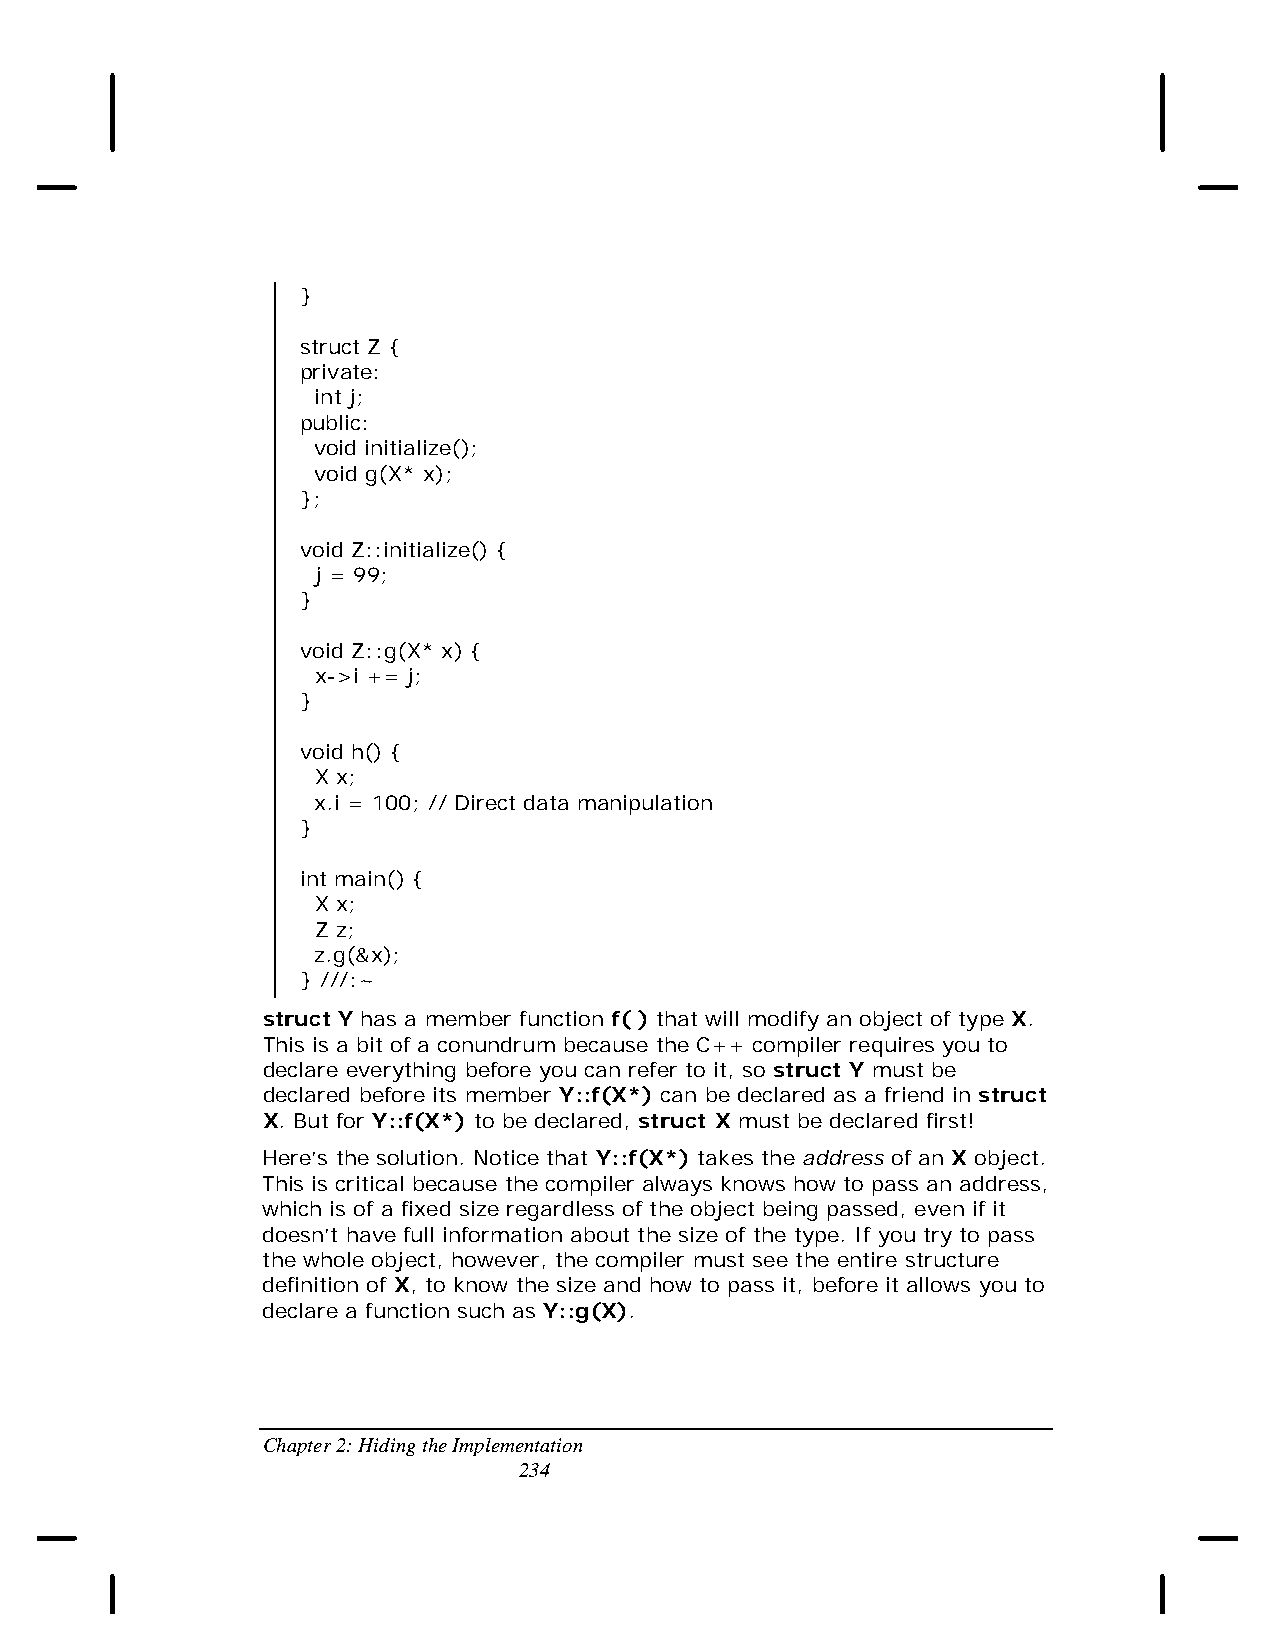
}
 struct Z {
 private:
 int j;
 public:
 void initialize();
 void g(X* x);
 };
 void Z::initialize() {
 j = 99;
 }
 void Z::g(X* x) {
 x->i += j;
 }
 void h() {
 X x;
 x.i = 100; // Direct data manipulation
 }
 int main() {
 X x;
 Z z;
 z.g(&x);
 } ///:~
 struct Y has a member function f( ) that will modify an object of type X.
 This is a bit of a conundrum because the C++ compiler requires you to
 declare everything before you can refer to it, so struct Y must be
 declared before its member Y::f(X*) can be declared as a friend in struct
 X. But for Y::f(X*) to be declared, struct X must be declared first!
 Here’s the solution. Notice that Y::f(X*) takes the address of an X object.
 This is critical because the compiler always knows how to pass an address,
 which is of a fixed size regardless of the object being passed, even if it
 doesn’t have full information about the size of the type. If you try to pass
 the whole object, however, the compiler must see the entire structure
 definition of X, to know the size and how to pass it, before it allows you to
 declare a function such as Y::g(X).
 Chapter 2: Hiding the Implementation
 234